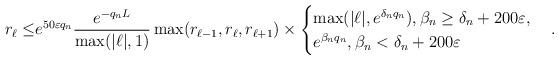
LaTeX: \begin{align*}r_{\ell}\leq &e^{50\varepsilon q_n}\frac{e^{-q_nL}}{\max(|\ell|, 1)} \max(r_{\ell-1}, r_{\ell}, r_{\ell+1})\times\begin{cases}\max(|\ell|, e^{\delta_n q_n}), \beta_n\geq \delta_n+200\varepsilon,\\e^{\beta_n q_n}, \beta_n< \delta_n+200\varepsilon\end{cases}.\end{align*}